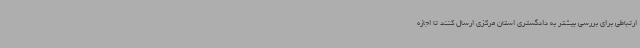
ارتباطی برای بررسی بیشتر به دادگستری استان مرکزی ارسال کنند تا اجازه